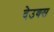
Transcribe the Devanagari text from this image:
देउक्स